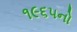
૧૯૬૫નો